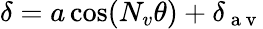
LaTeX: \delta=a\cos(N_{v}\theta)+\delta_{\mathrm{~a~v~}}